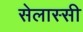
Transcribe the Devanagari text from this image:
सेलास्सी